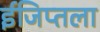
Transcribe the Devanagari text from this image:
ईजिप्तला